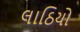
લાઠિયો